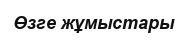
Өзге жұмыстары